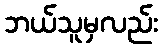
ဘယ်သူမှလည်း